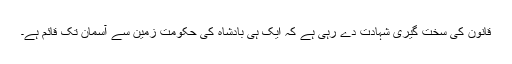
قانون کی سخت گیری شہادت دے رہی ہے کہ ایک ہی بادشاہ کی حکومت زمین سے آسمان تک قائم ہے۔